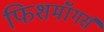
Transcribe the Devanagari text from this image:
फिशमॉंगर्स